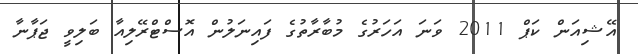
އޭޝިއަން ކަޕް 2011 ވަނަ އަހަރުގެ މުބާރާތުގެ ފައިނަލުން އޮސްޓްރޭލިއާ ބަލިވީ ޖަޕާނާ